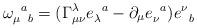
LaTeX: \begin{align*}\omega_{\mu\,\,\,\,b}^{\,\,\,\,a}=(\Gamma^{\lambda}_{\mu\nu}e_{\lambda}^{\,\,\,\,a}-\partial_{\mu}e_{\nu}^{\,\,\,\,a})e^{\nu}_{\,\,\,\,b}\end{align*}